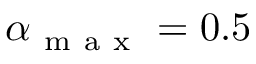
\alpha _ { \mathrm { ~ m ~ a ~ x ~ } } = 0 . 5